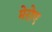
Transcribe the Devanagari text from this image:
मेरोए